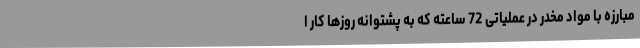
مبارزه با مواد مخدر در عملیاتی 72 ساعته که به پشتوانه روزها کار ا